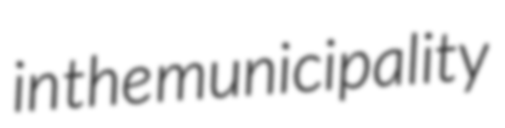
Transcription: in the municipality